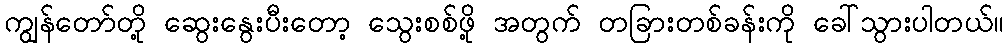
ကျွန်တော်တို့ ဆွေးနွေးပီးတော့ သွေးစစ်ဖို့ အတွက် တခြားတစ်ခန်းကို ခေါ်သွားပါတယ်။